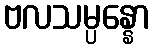
ဗလသမ္ပန္နော